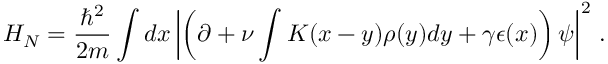
H _ { N } = \frac { \hbar ^ { 2 } } { 2 m } \int d x \left\vert \left( \partial + \nu \int K ( x - y ) \rho ( y ) d y + \gamma \epsilon ( x ) \right) \psi \right\vert ^ { 2 } \, .